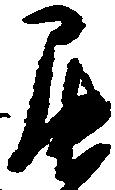
罷